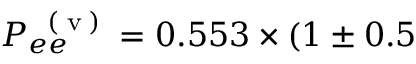
P _ { e e } ^ { \mathrm { ~ \tiny ~ ( ~ v ~ ) ~ } } = 0 . 5 5 3 \times ( 1 \pm 0 . 5 \